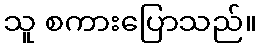
သူ စကားပြောသည်။